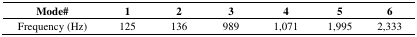
<table><thead><tr><td><b>Mode#</b></td><td><b>1</b></td><td><b>2</b></td><td><b>3</b></td><td><b>4</b></td><td><b>5</b></td><td><b>6</b></td></tr></thead><tbody><tr><td>Frequency (Hz)</td><td>125</td><td>136</td><td>989</td><td>1,071</td><td>1,995</td><td>2,333</td></tr></tbody></table>